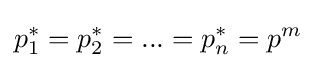
p_{1}^{*}=p_{2}^{*}=...=p_{n}^{*}=p^{m}